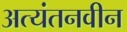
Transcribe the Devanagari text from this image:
अत्यंतनवीन